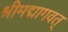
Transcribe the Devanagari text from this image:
श्रीमद्मागवत्